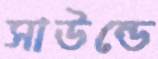
সাউন্ডে